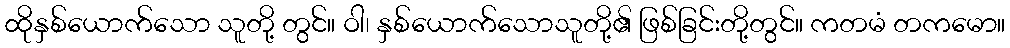
ထိုနှစ်ယောက်သော သူတို့ တွင်။ ဝါ၊ နှစ်ယောက်သောသူတို့၏ ဖြစ်ခြင်းတို့တွင်။ ကတမံ တကမော။